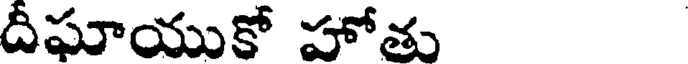
దీఘాయుకో హోతు